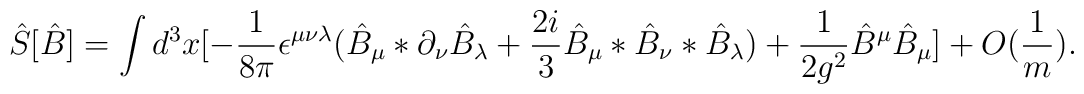
\hat S[\hat B]=\int d^{3}x [-\frac{1}{8\pi}\epsilon^{\mu\nu\lambda}(\hat B_{\mu}*\partial_{\nu}\hat B_{\lambda}+\frac{2i}{3}\hat B_{\mu}*\hat B_{\nu}*\hat B_{\lambda})+\frac{1}{2g^{2}}\hat B^{\mu}\hat B_{\mu}] +O(\frac{1}{m}).